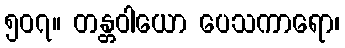
၅၀၇။ တန္တဝါယော ပေသကာရော၊